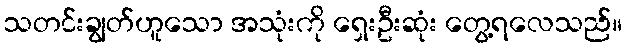
သတင်းချွတ်ဟူသော အသုံးကို ရှေးဦးဆုံး တွေ့ရလေသည်။